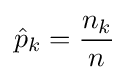
{\hat {p}}_{k}={\frac {n_{k}}{n}}